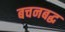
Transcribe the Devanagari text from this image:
बचनबद्ध